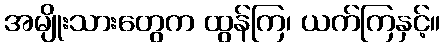
အမျိုးသားတွေက ထွန်ကြ၊ ယက်ကြနှင့်။